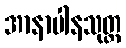
အာနာပါနသုတ္တ